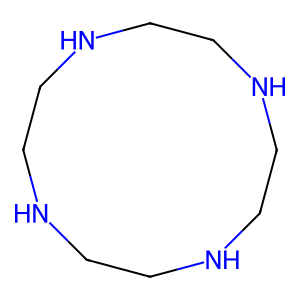
SMILES: C1CNCCNCCNCCN1
Inhibits HIV replication: No